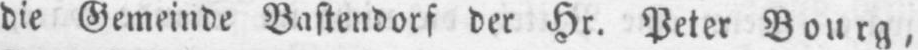
die Gemeinde Bastendorf der Hr. Peter Bourg,